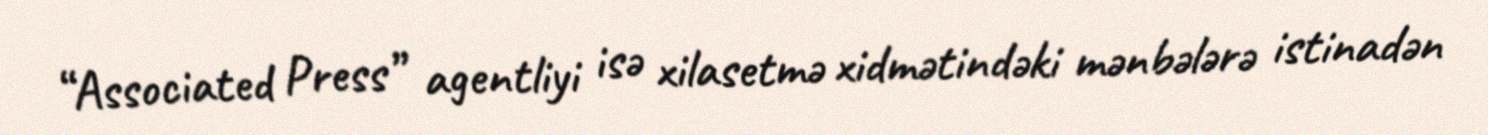
“Associated Press” agentliyi isə xilasetmə xidmətindəki mənbələrə istinadən